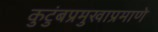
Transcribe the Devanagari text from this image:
कुटुंबप्रमुखाप्रमाणे